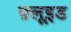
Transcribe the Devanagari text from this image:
फ़्लूइड